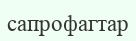
сапрофагтар